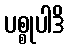
ပစ္စုပါဒိ